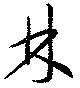
林